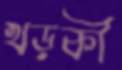
খড়কী